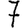
Digit: 7